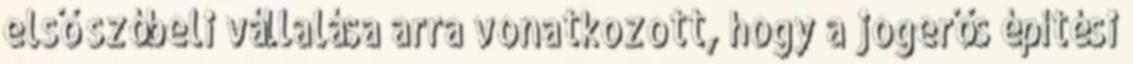
első szóbeli vállalása arra vonatkozott, hogy a jogerős építési